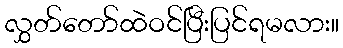
လွှတ်တော်ထဲဝင်ပြီးပြင်ရမလား။